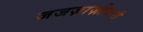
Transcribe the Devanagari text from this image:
जजज़ांज़ीबारी